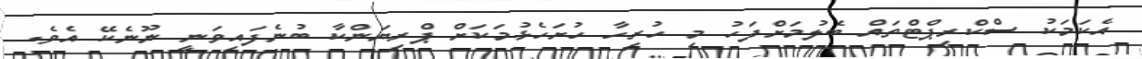
އެކަމަކު ސްކްރިޕްޓްތައް ބެލުމަށްފަހު މި ހުރިހާ ހުށަހެޅުމަކަށް ޕްރިޔަންކާ ބުނެފައިވަނީ ނޫނެކޭ އެވެ.